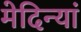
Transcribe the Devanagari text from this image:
मेदिन्यां